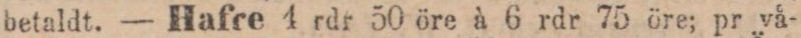
betaldt. — Hafce 4 rdr 50 öre à 6 rdr 75 öre; pr vå-